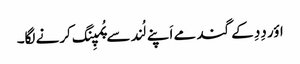
اؤر دِدِ کے گند مے اَپنے لُند سے پُمپِنگ کرنے لگا۔